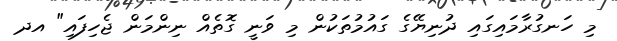
މި ހަނގުރާމައިގައި ދުނިޔޭގެ ގައުމުތަކުން މި ވަނީ ގޮތެއް ނިންމަން ޖެހިފައި" އދ